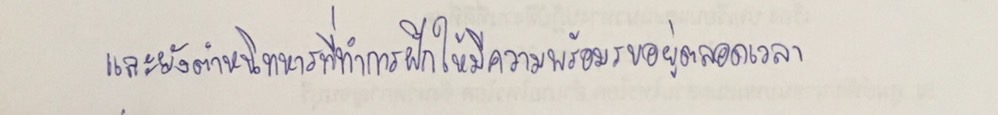
และยังตำหนิทหารที่ทำการฝึกให้มีความพร้อมรบอยู่ตลอดเวลา